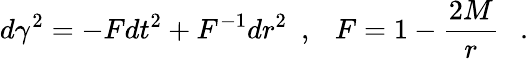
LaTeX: d\gamma^{2}=-Fdt^{2}+F^{-1}dr^{2}~~,~~~F=1-{\frac{2M}{r}}~~~.